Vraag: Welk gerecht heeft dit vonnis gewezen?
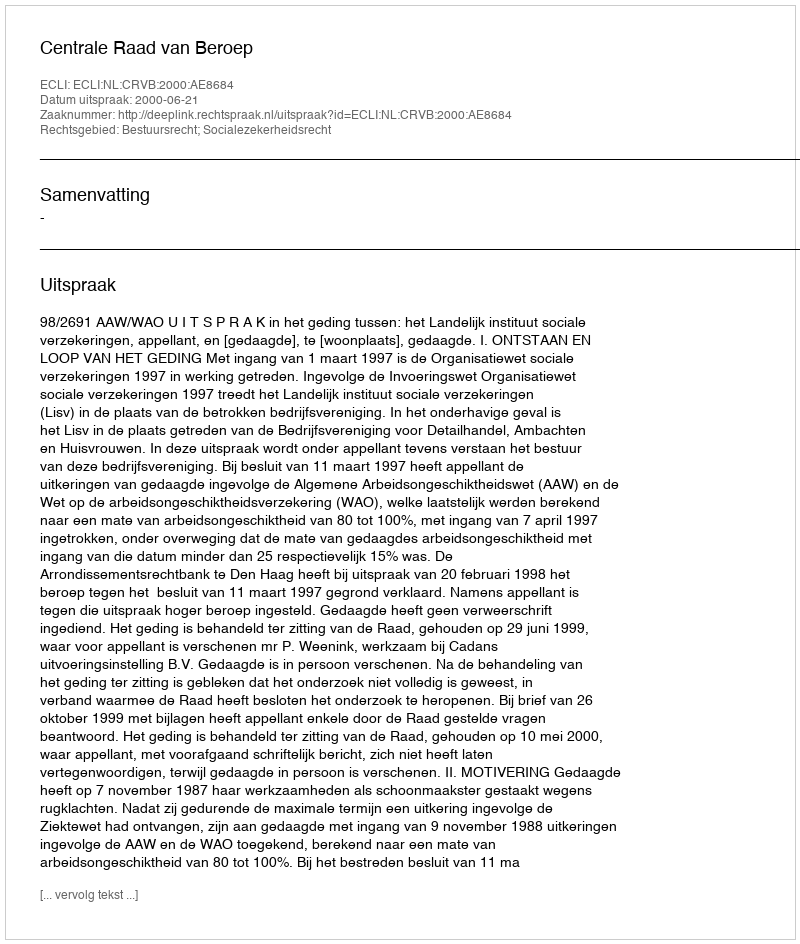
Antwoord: Centrale Raad van Beroep